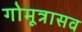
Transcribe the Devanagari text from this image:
गोमूत्रासव